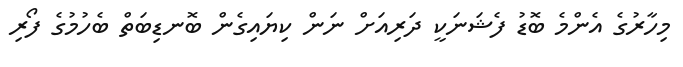
މިހާރުގެ އެންމެ ބޮޑު ފެޝަނަކީ ދަރިއަށް ނަން ކިޔައިގެން ބޮނޑިބަތް ބެހުމުގެ ފޯރި